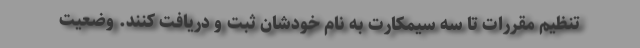
تنظیم مقررات تا سه سیمکارت به نام خودشان ثبت و دریافت کنند. وضعیت